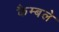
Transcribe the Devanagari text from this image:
कैम्बले